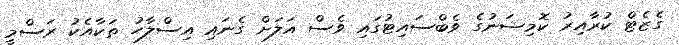
ގެޒެޓް ކުރާއިރު ކޮމިޝަނުގެ ވެބްސައިޓުގައި ވެސް އަލަށް ގެނައި އިސްލާހު ތަކާއެކު ރަސްމީ